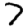
Digit: 7